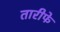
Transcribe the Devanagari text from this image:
तारीफे